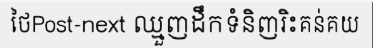
ថៃPost-next ឈ្មួញដឹកទំនិញរិះគន់គយ